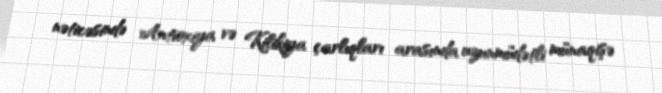
nəticəsində Antioxiya və Kilikiya çarlıqları arasında uzunmüdətli münaqişə